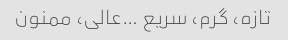
تازه، گرم، سریع …عالی، ممنون